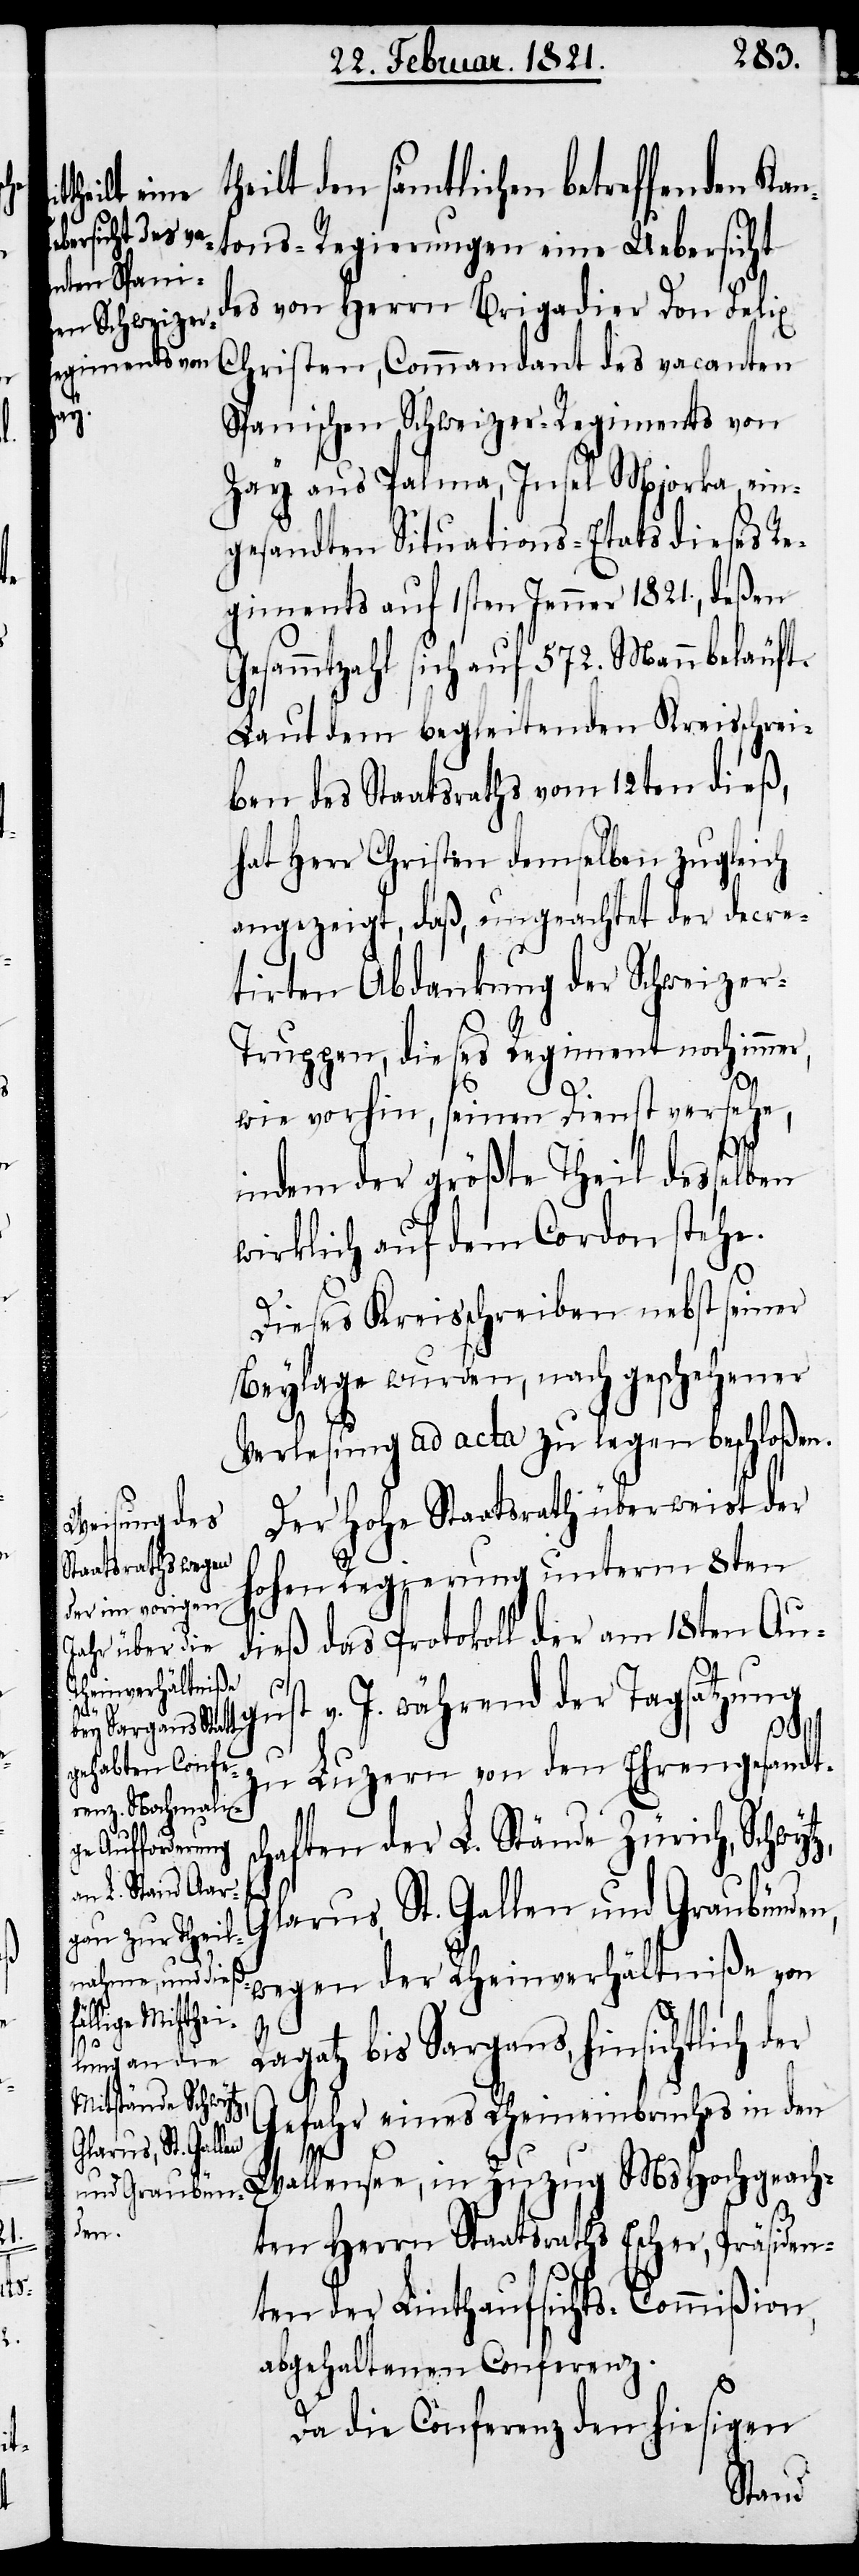
G¬

theilt den sämtlichen betreffenden Kan¬
tz,
des von Herrn Brigadier Don Felix
egiments auf
Christen, Commandant des vacanten
r,
Spanischen Schweizer-Regiments von
Zay aus Palma, Insel Mjorka, ein¬
gesandten Situations-Etats dieses R¬
Gesammtzahl sich auf 572. Mann beläuft.
Laut dem begleitenden Kreisschrei¬
ben des Staatsraths vom 12ten dieß,
hat Herr Christen demselben zugleich
angezeigt, daß, ungeachtet der decre¬
tirten Abdankung der Schweizer-T¬
ruppen, dieses Regiment noch imme¬
wie vorhin, seinen Dienst versehe,
indem der größte Theil desselben
wirklich auf dem Cordon stehe.
Dieses Kreisschreiben nebst seiner
Beylage wurden, nach geschehener
Verlesung ad acta zu legen beschloßen.
Der hohe Staatsrath überweist der
hohen Regierung unterm 8ten
dieß das Protokoll der am 18ten Aug¬
ust v. J. während der Tagsatzung
1821.,
zu Luzern von den Ehrengesandts¬
chaften der L. Stände Zürich, Schwy¬
larus, St. Gallen und Graubünden,
wegen der Rheinverhältniße von
Ragaz bis Sargans, hinsichtlich der
tons-Regier¬
Gefahr eines Rheineinbruches in den
Wallensee, in Zuzug MsHochgeach¬
ten Herrn Staatsraths Escher, Präsiden¬
ten der Linthaufsichts-Commißion,
abgehaltenen Conferenz.
Da die Conferenz den hiesigen